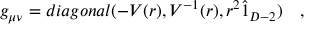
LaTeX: g _ { \mu \nu } = d i a g o n a l ( - V ( r ) , V ^ { - 1 } ( r ) , r ^ { 2 } \hat { 1 } _ { D - 2 } ) \quad ,